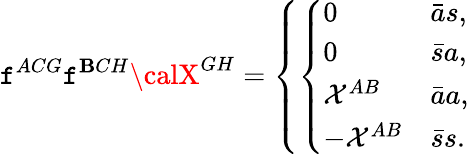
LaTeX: \mathtt{f}^{ACG}\mathtt{f}^{\mathbf{B}CH}{\calX}^{GH}=\left\{ \left\{ \begin{array}{ll}{{0}}&{{{\bar{a}s},}}\\ {{0}}&{{{\bar{s}a},}}\\ {{{\cal X}^{AB}}}&{{{\bar{a}a},}}\\ {{-{\cal X}^{AB}}}&{{{\bar{s}s}.}}\end{array}\right.\right.